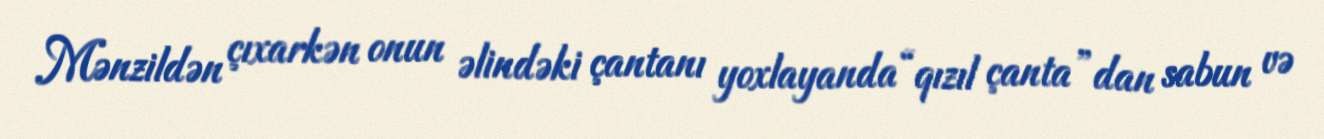
Mənzildən çıxarkən onun əlindəki çantanı yoxlayanda “qızıl çanta”dan sabun və